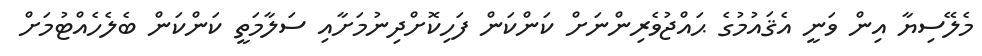
މެލޭސިޔާ އިން ވަނީ އެޤައުމުގެ ޙައްޖުވެރިންނަށް ކަންކަން ފަހިކޮށްދިނުމަށާއި ސަލާމަތީ ކަންކަން ބެލެހެއްޓުމަށް